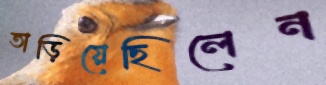
তাড়িয়েছিলেন